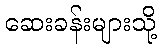
ဆေးခန်းများသို့